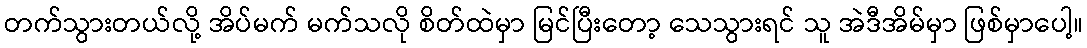
တက်သွားတယ်လို့ အိပ်မက် မက်သလို စိတ်ထဲမှာ မြင်ပြီးတော့ သေသွားရင် သူ အဲဒီအိမ်မှာ ဖြစ်မှာပေါ့။